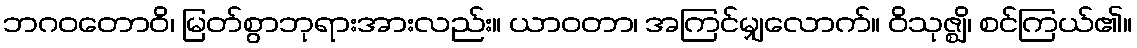
ဘဂဝတောဝိ၊ မြတ်စွာဘုရားအားလည်း။ ယာဝတာ၊ အကြင်မျှလောက်။ ဝိသုဇ္ဈိ၊ စင်ကြယ်၏။